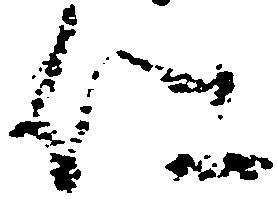
仁